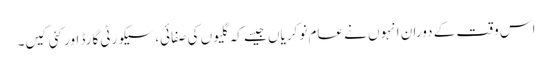
اس وقت کے دوران انہوں نے عام نوکریاں جیسے کہ گلیوں کی صفائی، سیکورٹی گارڈ اور کئی کیں۔